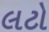
લટો